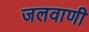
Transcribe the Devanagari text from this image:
जलवाणी